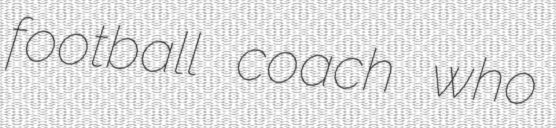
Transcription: football coach who